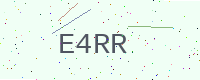
Text: E4RR